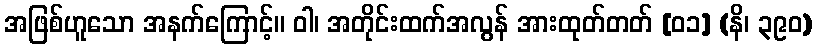
အဖြစ်ဟူသော အနက်ကြောင့်။ ဝါ၊ အတိုင်းထက်အလွန် အားထုတ်တတ် [၀၁] (နိ၊ ၃၉၀)